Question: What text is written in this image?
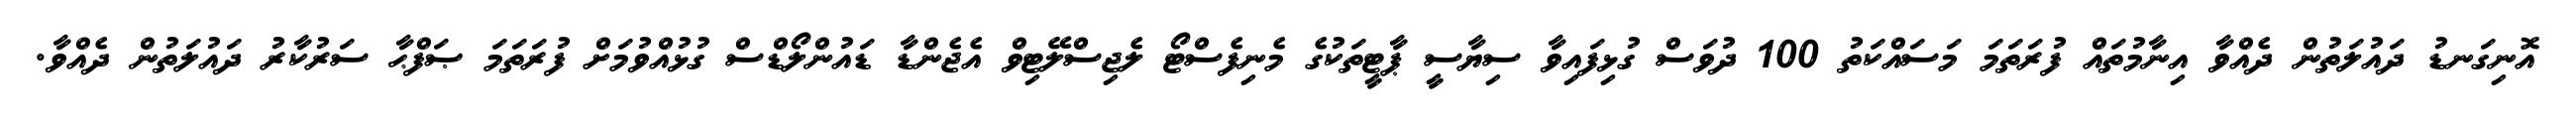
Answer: އޮނިގަނޑު ދައުލަތުން ދެއްވާ އިނާމުތައް ފުރަތަމަ މަސައްކަތު 100 ދުވަސް ގުޅިފައިވާ ސިޔާސީ ޕާޓީތަކުގެ މެނިފެސްޓޯ ލެޖިސްލޭޓިވް އެޖެންޑާ ޑައުންލޯޑްސް ގުޅުއްވުމަށް ފުރަތަމަ ޞަފްޙާ ސަރުކާރު ދައުލަތުން ދެއްވާ.